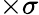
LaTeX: \times\sigma